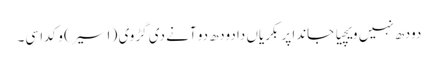
دودھ نہیں ویچیا جاندا پر بکریاں دا دودھ دو آنے دی گڑوی (١ سیر) وکدا سی۔